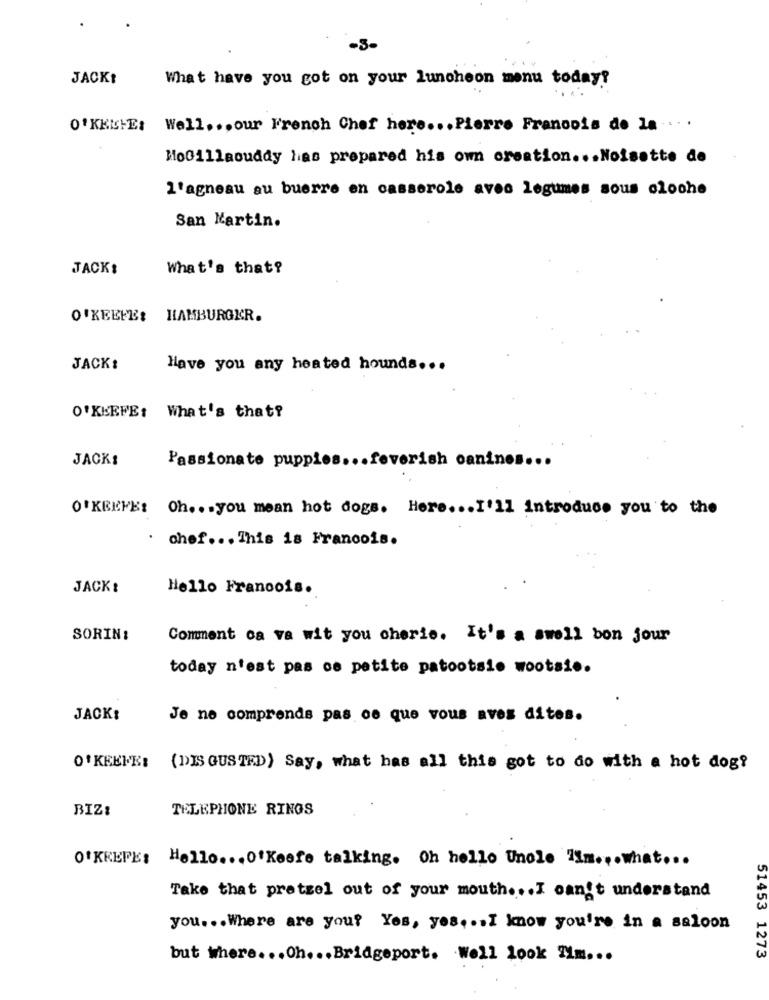
-3-
JACKI
What have you got on your luncheon menu today?
O' KKLHE: Well ... our French Chef here ... Pierre Francois de la .. . .
Mio011laouddy has prepared his own creation ... Noisette de
l'agneau au buerre en casserole avec legumes sous cloche
San Martin.
JACK:
What's that?
O'KEEFE: HAMBURGER.
JACK:
Have you any heated hounds ...
O'KEEFE: What's that?
JACK:
Passionate puppies ... feverish canines ...
O'KEEFE: Oh ... you mean hot dogs. Here ... I'll introduce you to the
.
chef ... This is Francois.
JACK:
Hello Francois.
SORIN:
Comment ca va wit you cherie. It's a swell bon jour
today n'est pas ce petite patootsie wootsie.
JACK:
Je ne comprends pas ce que vous aves dites.
O' KEEFE: (DIS GUSTED) Say, what has all this got to do with a hot dog?
BIZ:
TELEPHONE RINGS
O'KEEFE: Hello ... O'Keefe talking. Oh helle Unele Tim ... what ...
Take that pretzel out of your mouth ... I can't understand
you ... Where are you? Yes, yes ... I know you're in a saloon
but where ... Oh ... Bridgeport. Well look Im ...
51453 1273